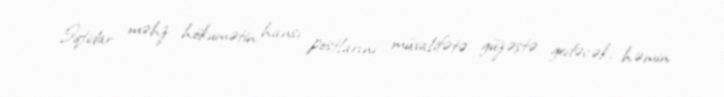
İqtidar məhz hökumətin hansı postlarını müxalifətə güzəştə gedəcək, həmin